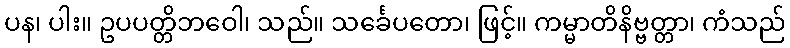
ပန၊ ပါး။ ဥပပတ္တိဘဝေါ၊ သည်။ သင်္ခေပတော၊ ဖြင့်။ ကမ္မာတိနိဗ္ဗတ္တာ၊ ကံသည်